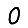
Digit: 0